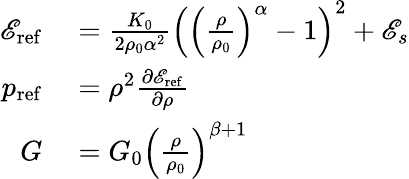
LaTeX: \begin{array}{rl}{\mathscr{E}_{\mathrm{ref}}}&{{}=\frac{K_{0}}{2\rho_{0}\alpha^{2}}\left(\left(\frac{\rho}{\rho_{0}}\right)^{\alpha}-1\right)^{2}+\mathscr{E}_{s}}\\ {p_{\mathrm{ref}}}&{{}=\rho^{2}\frac{\partial\mathscr{E}_{\mathrm{ref}}}{\partial\rho}}\\ {G}&{{}=G_{0}\left(\frac{\rho}{\rho_{0}}\right)^{\beta+1}}\end{array}